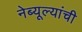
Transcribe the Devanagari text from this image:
नेब्यूल्यांची